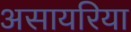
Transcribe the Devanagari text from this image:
असायरिया